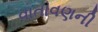
વાતાવણની